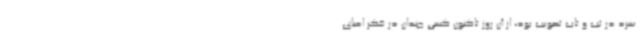
سرد در تب و تاب تصویب بود، از آن روز تاکنون کسی چندان در فکر احیای